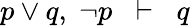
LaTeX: p\lor q,\; \neg p\; \; \vdash\; \; q